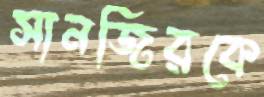
সানজিরকে